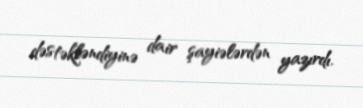
dəstəkləndiyinə dair şayiələrdən yazırdı.